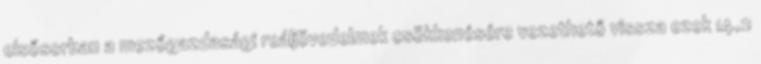
elsősorban a mezőgazdasági reáljövedelmek csökkenésére vezethető vissza ezek 14,2